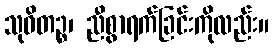
သုဝိတဉ္စ၊ ညီစွာရက်ခြင်းကိုလည်း။